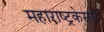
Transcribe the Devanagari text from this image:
महाराष्ट्रकेसरी